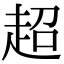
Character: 超